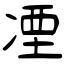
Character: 凐